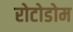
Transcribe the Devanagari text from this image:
रोटोडोम